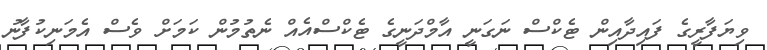
ވިޔަފާރީގެ ފައިދާއިން ޓެކްސް ނަގަނީ އާމްދަނީގެ ޓެކްސްއެއް ނެތުމުން ކަމަށް ވެސް އެމަނިކުފާނު